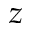
z